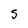
Character: S